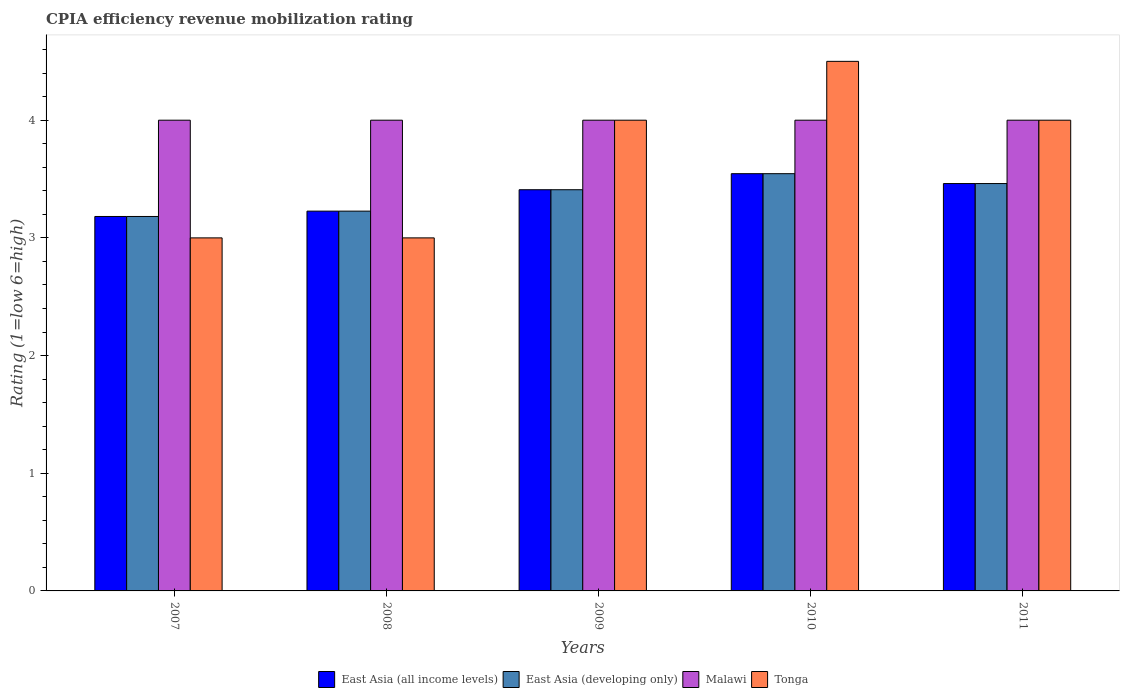
| Years | East Asia (all income levels) | East Asia (developing only) | Malawi | Tonga |
 | --- | --- | --- | --- | --- |
 | 2007 | 3.18 | 3.18 | 4 | 3 |
 | 2008 | 3.23 | 3.23 | 4 | 3 |
 | 2009 | 3.41 | 3.41 | 4 | 4 |
 | 2010 | 3.55 | 3.55 | 4 | 4.5 |
 | 2011 | 3.46 | 3.46 | 4 | 4 |